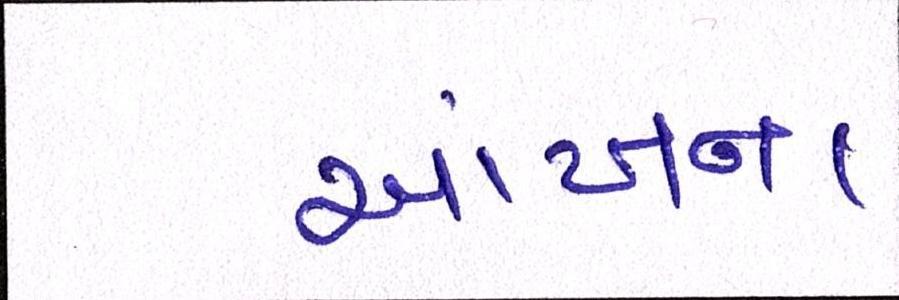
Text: આંખના